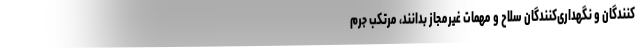
کنندگان و نگهداری‌کنندگان سلاح و مهمات غیرمجاز بدانند، مرتکب جرم